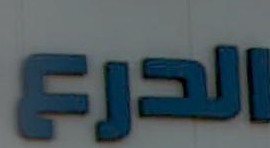
الدرع